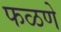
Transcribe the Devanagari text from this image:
फळणे